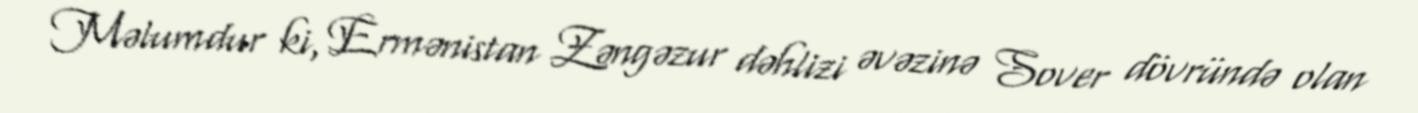
Məlumdur ki, Ermənistan Zəngəzur dəhlizi əvəzinə Sover dövründə olan